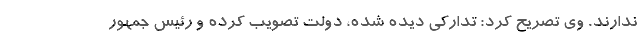
ندارند. وی تصریح کرد: تدارکی دیده شده، دولت تصویب کرده و رئیس جمهور